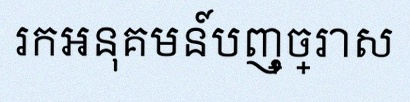
រកអនុគមន៍បញ្ច្រាស